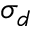
\sigma _ { d }